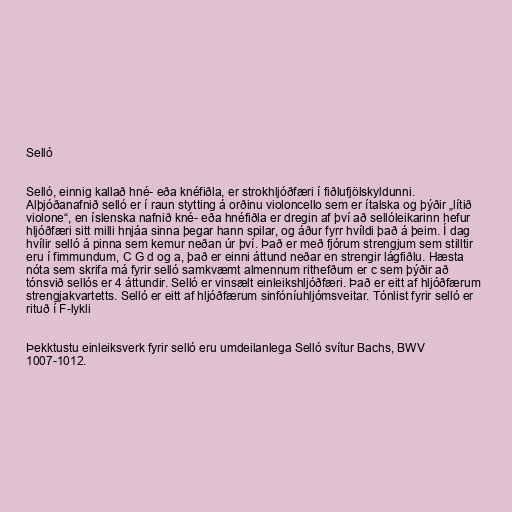
Selló

Selló, einnig kallað hné- eða knéfiðla, er strokhljóðfæri í fiðlufjölskyldunni.
Alþjóðanafnið selló er í raun stytting á orðinu violoncello sem er ítalska og þýðir „lítið
violone“, en íslenska nafnið kné- eða hnéfiðla er dregin af því að sellóleikarinn hefur
hljóðfæri sitt milli hnjáa sinna þegar hann spilar, og áður fyrr hvíldi það á þeim. Í dag
hvílir selló á pinna sem kemur neðan úr því. Það er með fjórum strengjum sem stilltir
eru í fimmundum, C G d og a, það er einni áttund neðar en strengir lágfiðlu. Hæsta
nóta sem skrifa má fyrir selló samkvæmt almennum rithefðum er c sem þýðir að
tónsvið sellós er 4 áttundir. Selló er vinsælt einleikshljóðfæri. Það er eitt af hljóðfærum
strengjakvartetts. Selló er eitt af hljóðfærum sinfóníuhljómsveitar. Tónlist fyrir selló er
rituð í F-lykli

Þekktustu einleiksverk fyrir selló eru umdeilanlega Selló svítur Bachs, BWV
1007-1012.